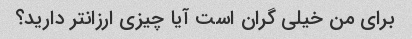
برای من خیلی گران است آیا چیزی ارزانتر دارید؟